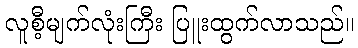
လူစီ့မျက်လုံးကြီး ပြူးထွက်လာသည်။